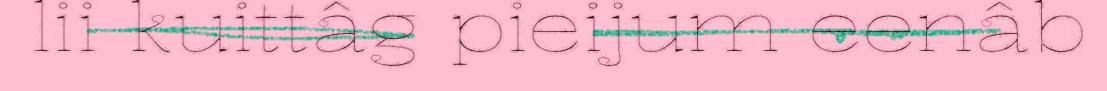
lii kuittâg pieijum eenâb